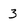
Character: 3